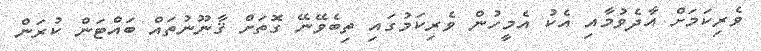
ވެރިކަމަށް އާދެވުމާއި އެކު އެމީހުން ވެރިކަމުގައި ތިބެވޭނޭ ގޮތަށް ޤާނޫނުތައް ބައްޓަން ކުރަން